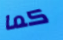
كما